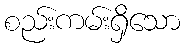
စည်းကမ်းရှိသော